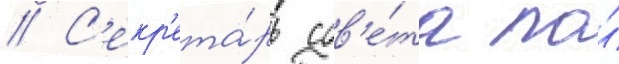
// С'екр'ета́рь сов'е́та по́